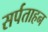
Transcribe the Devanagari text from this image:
सर्पताहन